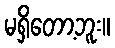
မရှိတော့ဘူး။